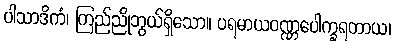
ပါသာဒိကံ၊ ကြည်ညိုဘွယ်ရှိသော။ ပရမာယဝဏ္ဏပေါက္ခရတာယ၊